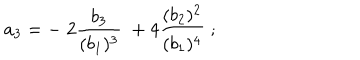
a _ { 3 } = - \; 2 { \frac { b _ { 3 } } { ( b _ { 1 } ) ^ { 3 } } } \; + 4 { \frac { ( b _ { 2 } ) ^ { 2 } } { ( b _ { 1 } ) ^ { 4 } } } \; ;